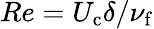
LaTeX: Re=U_{\mathrm{c}}\delta/\nu_{\mathrm{f}}